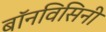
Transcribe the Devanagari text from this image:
बॉनविसिनी